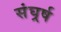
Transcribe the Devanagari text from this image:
संघर्र्ष